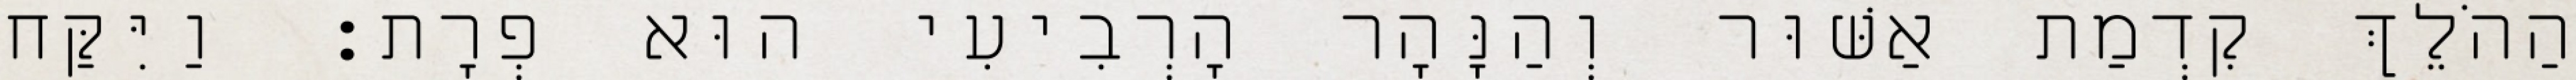
הַהֹלֵךְ קִדְמַת אַשּׁוּר וְהַנָּהָר הָרְבִיעִי הוּא פְרָת׃ וַיִּקַּח